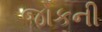
જોકની